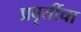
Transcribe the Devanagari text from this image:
प्रवृत्तींचा